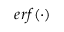
e r f ( \cdot )